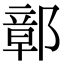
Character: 鄣